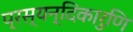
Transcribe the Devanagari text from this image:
प्रस्यन्दिकारुणि